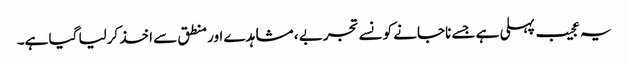
یہ عجیب پہلی ہے جسے ناجانے کونسے تجربے ، مشاہدے اور منطق سے اخذ کرلیا گیا ہے۔